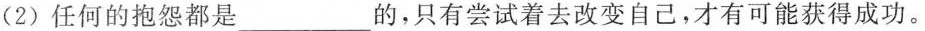
(2)任何的抱怨都是\underline的，只有尝试着去改变自己，才有可能获得成功。